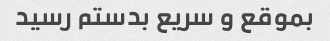
بموقع و سریع بدستم رسید